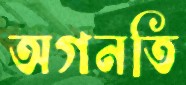
অগনতি